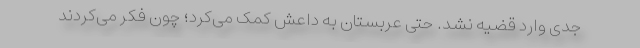
جدی وارد قضیه نشد. حتی عربستان به داعش کمک می‌کرد؛ چون فکر می‌کردند